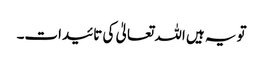
تو یہ ہیں اللہ تعالیٰ کی تائیدات۔